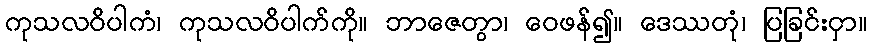
ကုသလဝိပါကံ၊ ကုသလဝိပါက်ကို။ ဘာဇေတွာ၊ ဝေဖန်၍။ ဒေဿတုံ၊ ပြခြင်းငှာ။